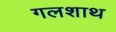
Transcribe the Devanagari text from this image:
गलशाथ